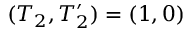
( T _ { 2 } , T _ { 2 } ^ { \prime } ) = ( 1 , 0 )